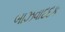
બાઝવાદદક